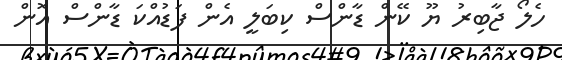
ހެލޯ ޖާބިރު ޔޫ ކޭން ޑާންސް ކިބަލީ އެން ފަޑުއްކަ ޑާންސް އޮން